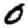
Digit: 0